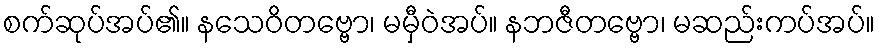
စက်ဆုပ်အပ်၏။ နသေဝိတဗ္ဗော၊ မမှီဝဲအပ်။ နဘဇီတဗ္ဗော၊ မဆည်းကပ်အပ်။